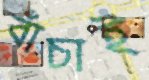
বাঁচাই